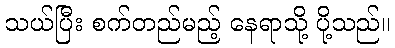
သယ်ပြီး စက်တည်မည့် နေရာသို့ ပို့သည်။